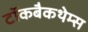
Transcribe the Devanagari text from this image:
टॉकबैकथेम्स